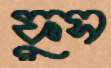
ফুস